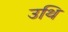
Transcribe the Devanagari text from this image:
उथि